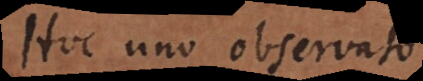
Hoc uno observato